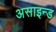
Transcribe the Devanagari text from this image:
असाइन्ड